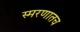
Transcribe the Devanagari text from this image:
स्मरणातच